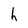
Character: h